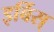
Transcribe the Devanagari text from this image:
इर्बिस्